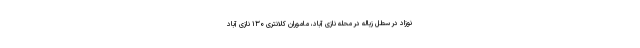
نوزاد در سطل زباله در محله نازی آباد، ماموران کلانتری ۱۳۰ نازی آباد